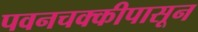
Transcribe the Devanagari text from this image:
पवनचक्कीपासून